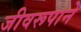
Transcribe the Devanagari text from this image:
जीवरूपाने